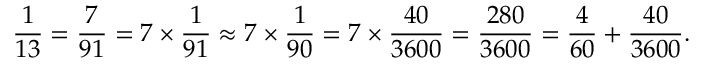
{ \frac { 1 } { 1 3 } } = { \frac { 7 } { 9 1 } } = 7 \times { \frac { 1 } { 9 1 } } \approx 7 \times { \frac { 1 } { 9 0 } } = 7 \times { \frac { 4 0 } { 3 6 0 0 } } = { \frac { 2 8 0 } { 3 6 0 0 } } = { \frac { 4 } { 6 0 } } + { \frac { 4 0 } { 3 6 0 0 } } .